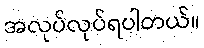
အလုပ်လုပ်ရပါတယ်။